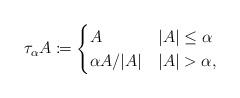
LaTeX: \begin{align*}\tau_\alpha A\coloneqq\begin{cases}A&|A|\leq\alpha\\\alpha A/|A|&|A|>\alpha,\end{cases}\end{align*}